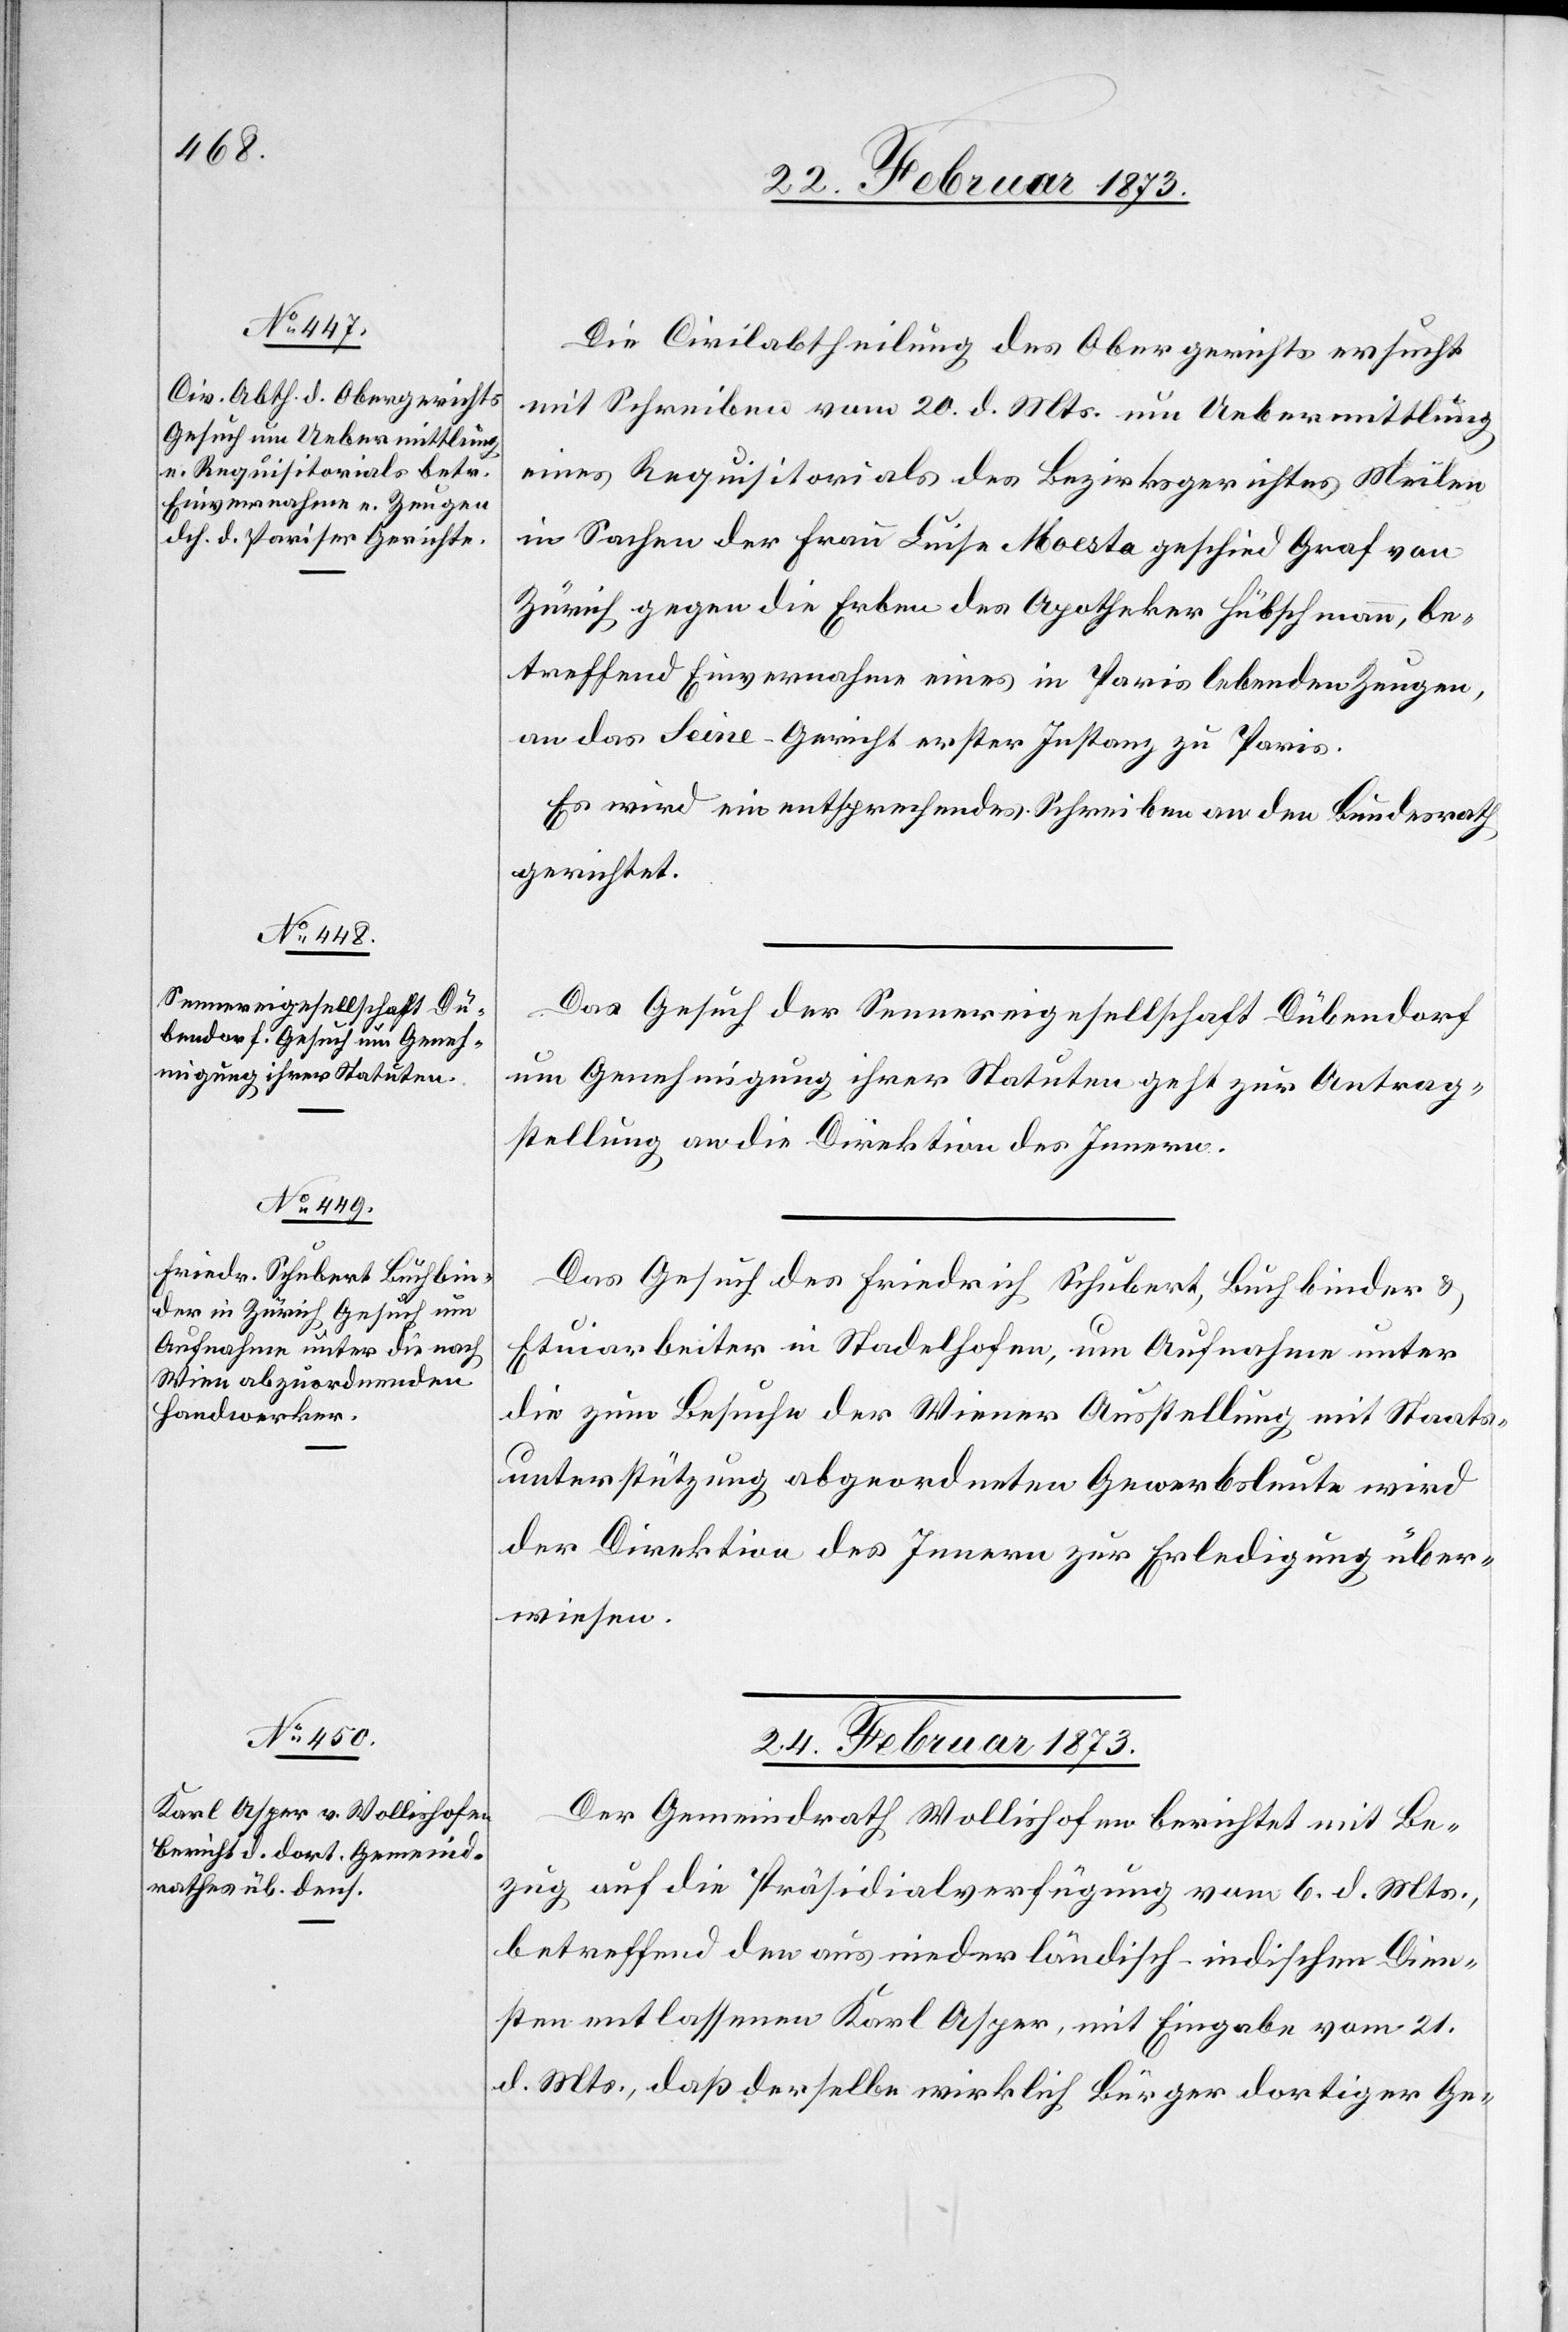
Die Civilabtheilung des Obergerichts ersucht
mit Schreiben vom 29. d. Mts. um Uebermittlung
eines Requisitorials des Bezirksgerichtes Meilen
in Sachen der Frau Luise Moesta geschied Graf von
Zürich gegen die Erben des Apotheker Hübschmann, be¬
treffend Einvernahme eines in Paris lebenden Zeugen,
an das Seine-Gericht erster Instanz zu Paris.
Es wird ein entsprechendes Schreiben an den Bundesrath
gerichtet.
Das Gesuch der Sennereigesellschaft Dübendorf
um Genehmigung ihrer Statuten geht zur Antrag¬
stellung an die Direktion des Innern.
Das Gesuch des Friedrich Schubert, Buchbinder u.
Etuiarbeiter in Stadelhofen, um Aufnahme unter
die zum Besuche der Wiener Ausstellung mit Staats¬
unterstützung abgeordneten Gewerbsleute wird
der Direktion des Innern zur Erledigung über¬
wiesen.
24. Februar 1873.
Der Gemeindrath Wollishofen berichtet mit Be¬
zug auf die Präsidialverfügung vom 6. d. Mts.,
betreffend den aus niederländisch-indischen Dien¬
sten entlassenen Karl Asper, mit Eingabe vom 21.
d. Mts., daß derselbe wirklich Bürger dortiger Ge-